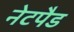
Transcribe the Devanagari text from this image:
नेटपैड